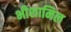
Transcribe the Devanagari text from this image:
भीशामिल